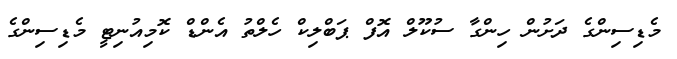
މެޑިސިންގެ ދަށުން ހިންގާ ސުކޫލް އޮފް ޕަބްލިކް ހެލްތު އެންޑް ކޮމިއުނިޓީ މެޑިސިންގެ